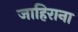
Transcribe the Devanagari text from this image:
जाहिराना